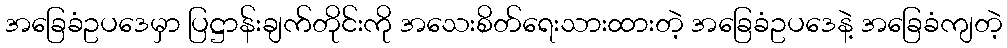
အခြေခံဥပဒေမှာ ပြဋ္ဌာန်းချက်တိုင်းကို အသေးစိတ်ရေးသားထားတဲ့ အခြေခံဥပဒေနဲ့ အခြေခံကျတဲ့